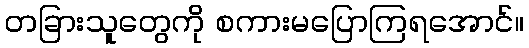
တခြားသူတွေကို စကားမပြောကြရအောင်။